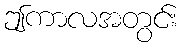
ဤကာလအတွင်း